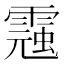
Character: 𩃾